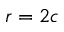
r = 2 c